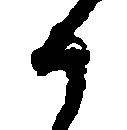
か